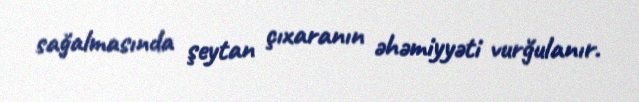
sağalmasında şeytan çıxaranın əhəmiyyəti vurğulanır.